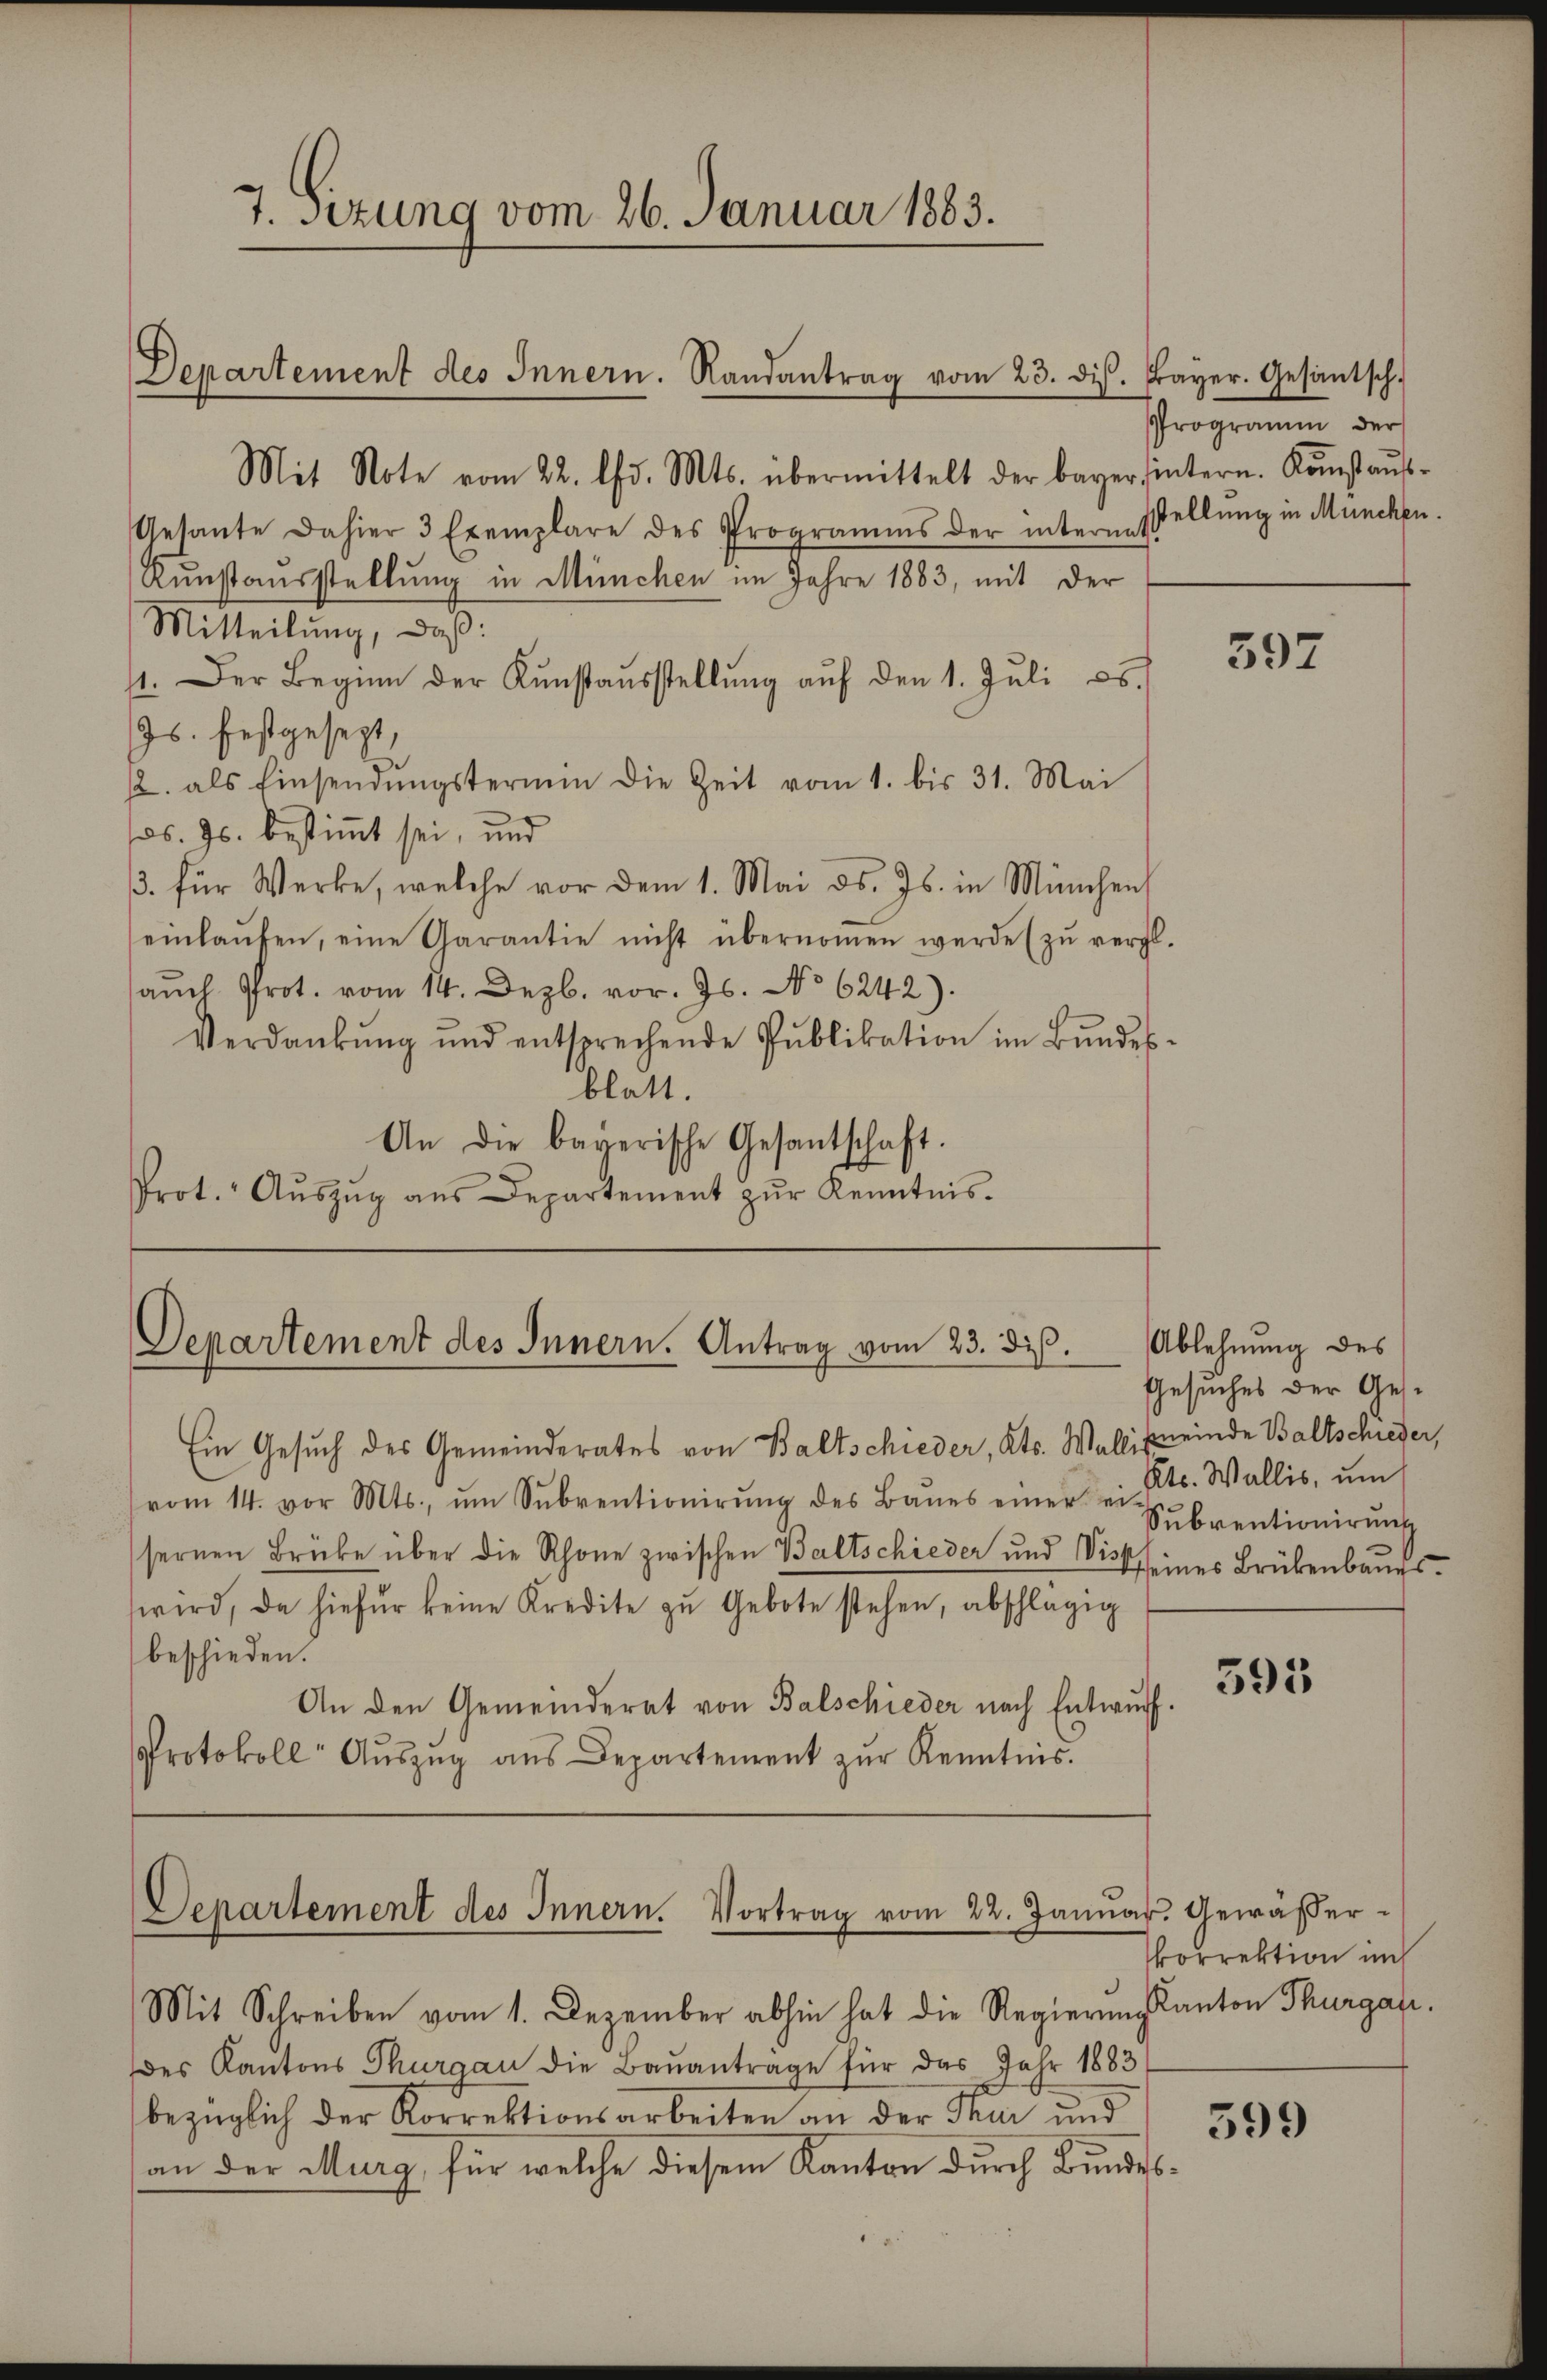
Mit Note vom 22. Chr. Mts. übermittelt der bayer hintern. Kastaŭs-
Gesante dahier 3 Exemplare des Programms der intern stellung in München.
Kunstausstellung in München im Jahre 1883, mit der
Mitteilung, daß:
1. Der Beginn der Kŭnstaŭsstellŭng aŭf den 1. Jŭli es
Js. festgesezt,
2. als Einsendŭngstermin die Zeit vom 1. bis 31. Mai
os. Js. bestimmt sei, und
3. für Werke, welche vor dem 1. Mai d. Js. in München
einlaŭfen, eine Garantie nicht übernoṁen werde (zŭ vergl.
aŭch Prot. vom 14. Dezb. vor. Js. No 6242).
Verdankŭng und entsprechende Pŭblikation im Bŭndes-
blatt.
An die bayerische Gesantschaft.
Prot. Aŭszŭg aŭs Departement zŭr Kenntnis.

7. Sitzung vom 26. Januar 1883.

Departement des Innern. Randantrag vom 23. diβ. Frayer. Gesantsch.

Departement des Innern. Antrag vom 23. dis.

Departement des Innern. Vortrag vom 22. Januar. Gewässer-
Mit Schreiben vom 1. Dezember abhin hat die Regierung kanton Thurgau.

Ein Gesuch des Gemeinderates von Baltschieder, Kts. Walli meinde Baltschieder,
vom 14. vor Mts., ŭm Sŭbventionirŭng des Baŭes einer ei
sernen Brüke über die Schöne zwischen Baltschieder und Sistseines Brükenbaues
wird, da hiefür keine Kredite zu Gebote stehen, abschlägig
beschieden.
An den Gemeinderat von Balschieder nach Entwurf.
Protokoll Aŭszŭg aŭs Departement zŭr Kenntnis.

Programm der

des Kantons Thurgau die Baŭantrage für das Jahr 1883
bezüglich der Korrektionsarbeiten an der Thur und
an der Murg, für welche diesem Kanton durch Bundes¬

597

Ablehnung des
Gesuches der Ges.
Kts. Wallis, um
Subventionirung

593

korrektion in

599